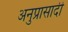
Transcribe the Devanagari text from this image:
अनुप्रासादी